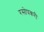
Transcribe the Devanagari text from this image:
रसोपकरी